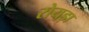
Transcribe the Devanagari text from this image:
रोयड़ा